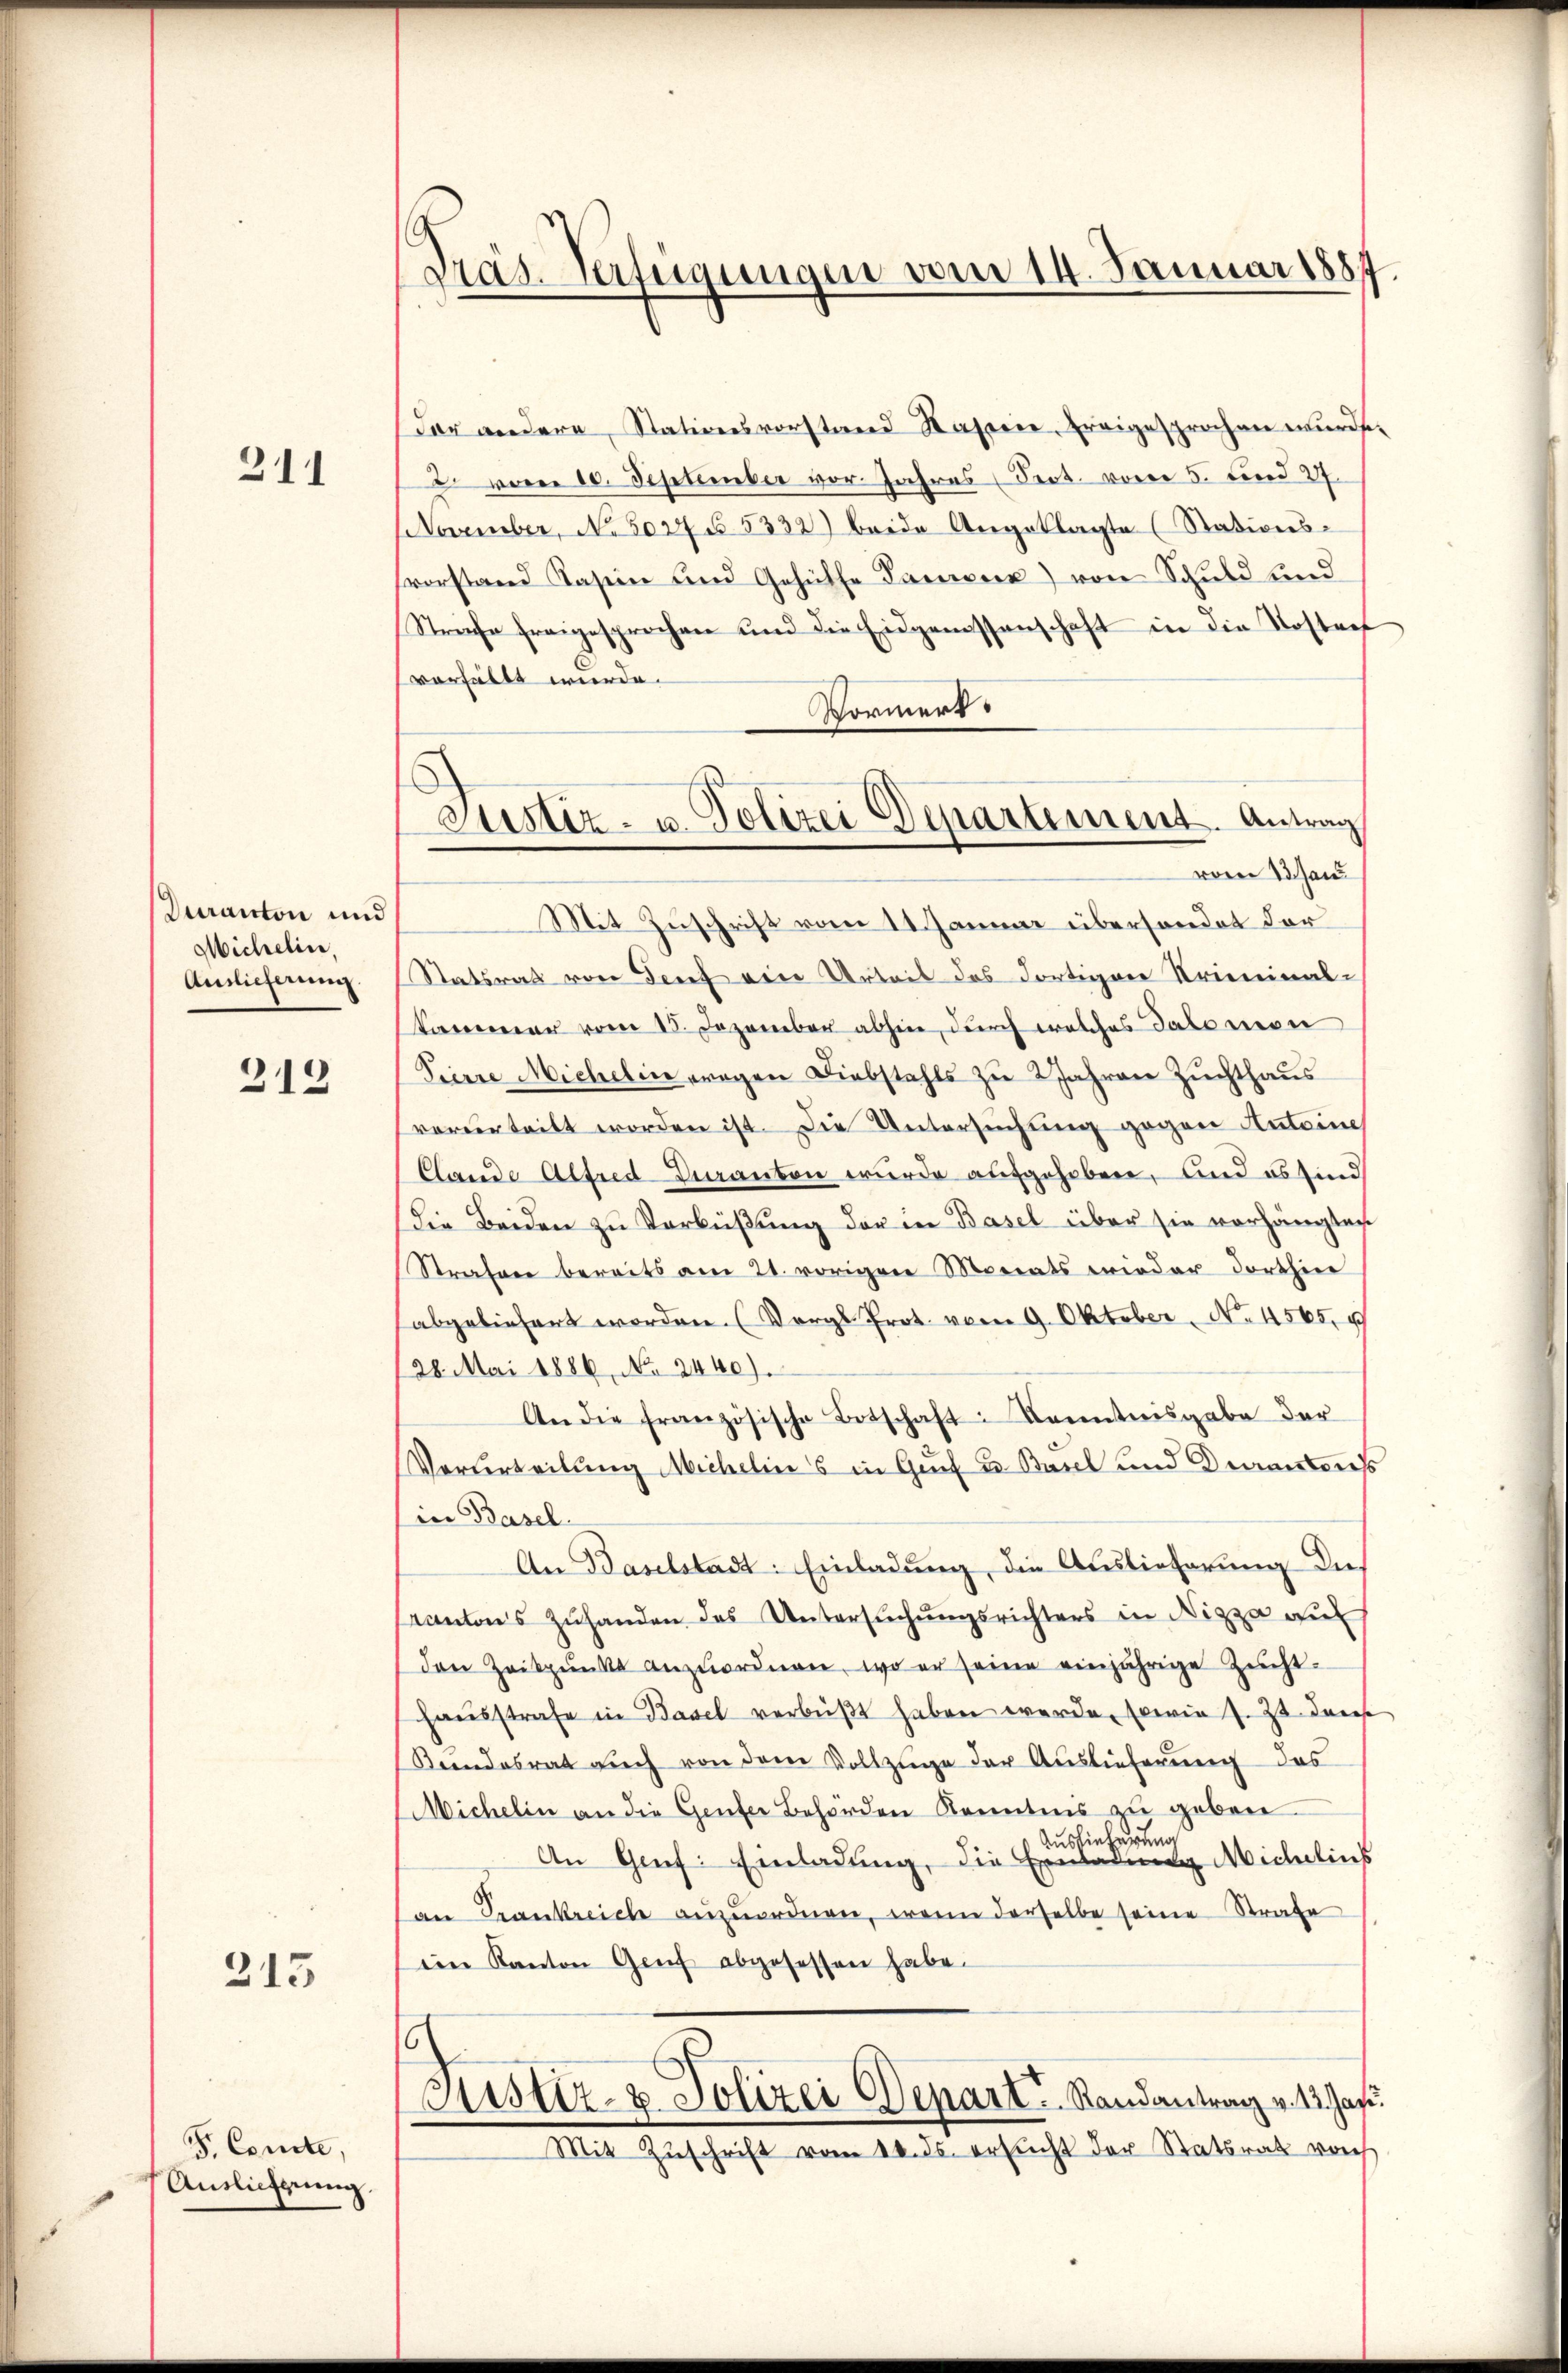
211

Duranton und
Michelin,
Aislicherung.

212

213

S. Comite,
Auslieferung.

Präs. Verfügungen vom 14. Januar 1887.

dor andere, Stationsvorstand Kassen, freigesprochen wurde,
2. von 10. September vor Jahres (Fect. vom 5. und 27
NNovember, No. 5047 § 5332) beide Angeklagte (Stationssvorstand Kasein und Gehülfe Dauere) von Schuld und
Streche freigesprochen und die Eidgenossenschaft in die Kostenf
verhüllt wurde.
Vormert.
Mit Zuschrift vom 11. Januar überhandet der
Statsrat von Genf ein Urteil des dortigen Kriminal-
kammer vom 15. Dezember abhin, durch welches Salomon
Pierre Michelin wegen Diebstahls zu 2 Jahren Zuchthaus
vorderteilt worden ist. Die Untersuchung gegen Antoine
Clande Alfred veranton wurde aufgehoben, und es sind
die Beiden zu Verbüßung der in Basel über sie vorhängten
Strafen bereits am 21. vorigen Monats wieder dorthin
abgeliefert worden. (Vergl. Prot. vom 9. Oktober, No. 4565.
28. Mai 1886, No 2440).
An die französische Botschaft: Kenntnisgabe der
Vorurteilung Michelins in Gruf u. Basel und Decantonss
in Basel
An Baselstadt: Einladung, die Auslieferung des
Kantons Zŭhanden des Untersŭchŭngsrichters in Nizza auf
den Zeitpunkt anzŭordnen, wo er seine einjährige Zuchthaŭsstrafe in Basel verbüßt haben werde, sowie z. Zt. dans
Beendesrat aŭch von dem Vollzüge der Auslieferŭng des
Michelin an die Gener Behörden Kenntnis zu geben.
Auslieferung
An Genf: Einladung, die Einladung Michelins
an Frankreiche anzuordnen, wenn derselbe seine Strafe
ein Kanton Genf abgesessen habe.
h
Justiz- & Polizei Depart Randantrag v. 12. Jan.
 Mit Zŭschrift vom 14. ds. ersŭcht der Statsrat von

Justiz- u. Polizei Departement. Antrag
vom 13. Jan